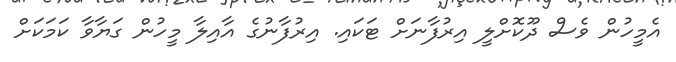
އެމީހުން ވެސް ދޫކޮށްލީ އިރުފާނަށް ޓަކައި. އިރުފާނުގެ އާއިލާ މީހުން ގަޔާވާ ކަމަކަށް